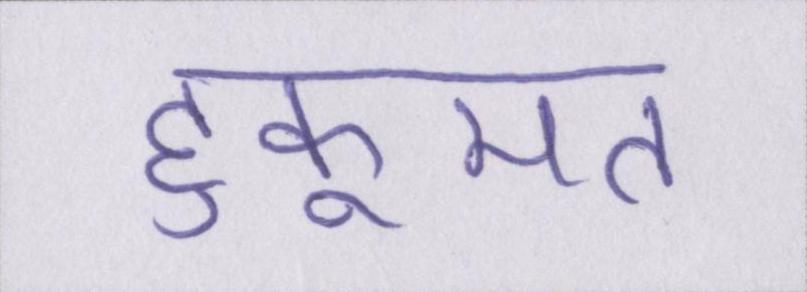
हुकूमत